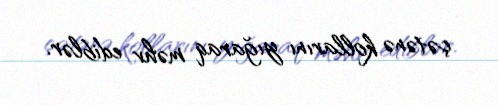
çətənə kollarını yığaraq məhv ediblər.